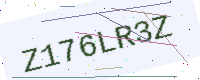
Text: Z176LR3Z